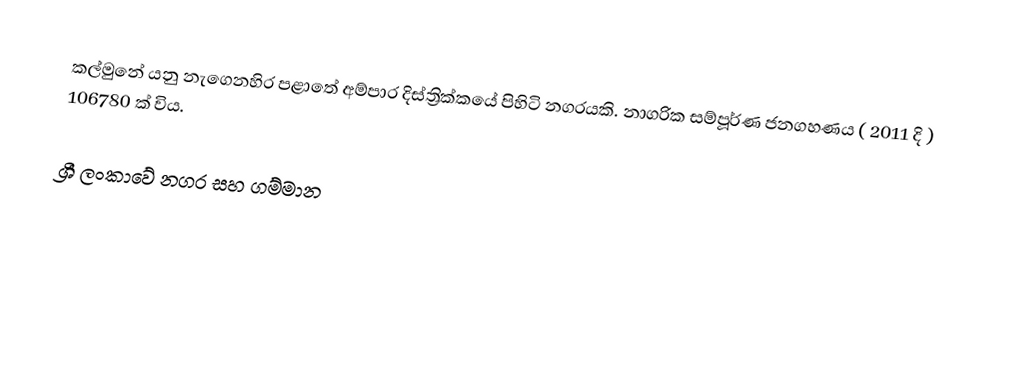
කල්මුනේ යනු නැගෙනහිර පළාතේ අම්පාර දිස්ත්‍රික්කයේ පිහිටි නගරයකි. නාගරික සම්පූර්ණ ජනගහණය ( 2011 දි ) 106780 ක් විය.

ශ්‍රී ලංකාවේ නගර සහ ගම්මාන